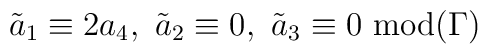
\tilde a_1\equiv 2 a_4, \ \tilde a_2\equiv  0, \ \tilde a_3\equiv 0\ \hbox{mod}  (\Gamma)